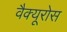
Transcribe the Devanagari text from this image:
वैक्यूरोस